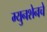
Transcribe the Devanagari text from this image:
म्युनशेनचे